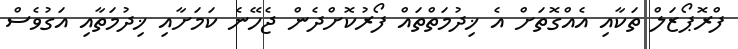
ފްރޮޕޯޒަލް ތަކާއި އެެއްގޮތަށް އެ ޚިދުމަތްތައް ފޯރުކޮށްދެން ޖެހޭނެ ކަމަށާއި ޚިދުމަތާއި އަގުވެސް